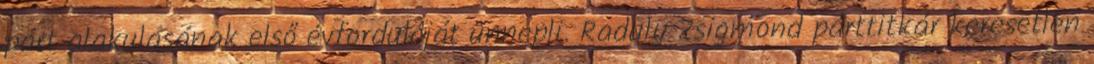
párt alakulásának első évfordulóját ünnepli. Raduly Zsigmond párttitkár keresetlen